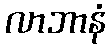
လာဘာနံ